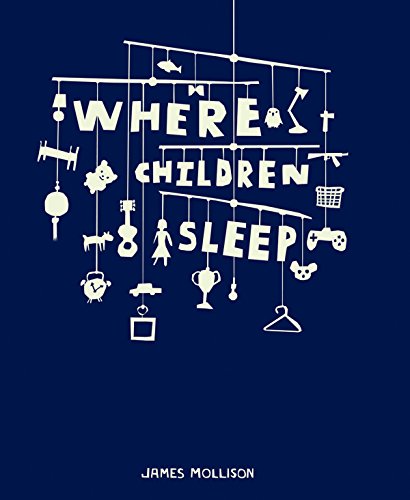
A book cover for Where Children Sleep; Arts & Photography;